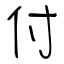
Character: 付